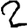
Digit: 2